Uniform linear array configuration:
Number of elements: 16
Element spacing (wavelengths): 0.25
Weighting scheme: hann
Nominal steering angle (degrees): -60
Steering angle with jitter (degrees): -59.488
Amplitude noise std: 0.05
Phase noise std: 0.05

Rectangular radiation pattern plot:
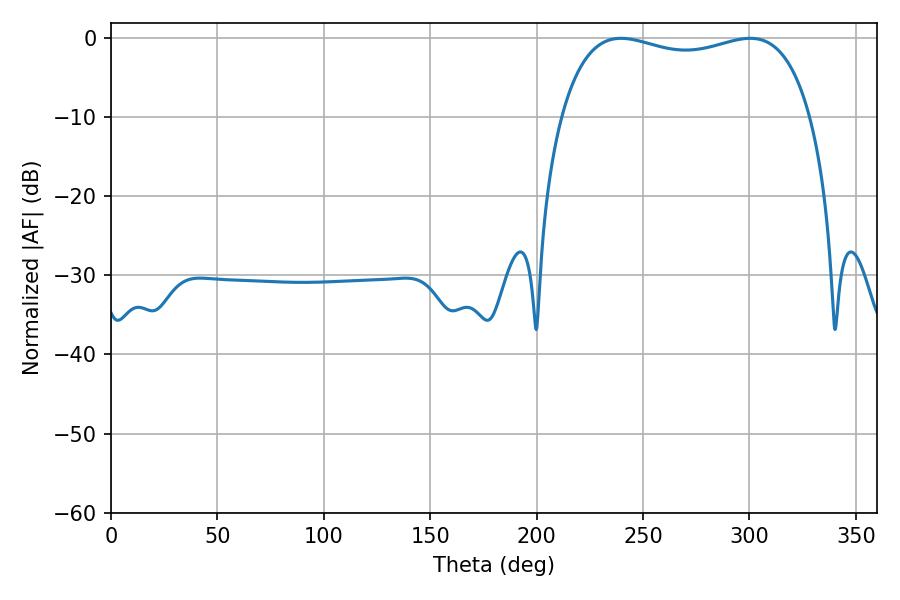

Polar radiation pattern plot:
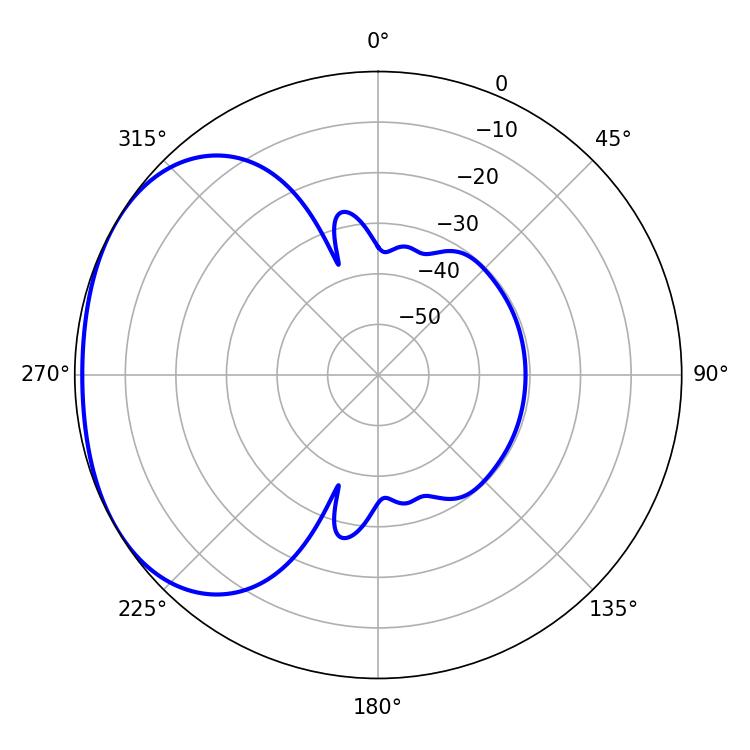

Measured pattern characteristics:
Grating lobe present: FALSE
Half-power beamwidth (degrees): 95.76
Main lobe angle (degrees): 239.58